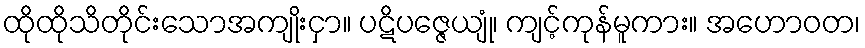
ထိုထိုသိတိုင်းသောအကျိုးငှာ။ ပဋိပဇ္ဇေယျုံ၊ ကျင့်ကုန်မူကား။ အဟောဝတ၊